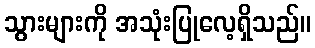
သွားများကို အသုံးပြုလေ့ရှိသည်။